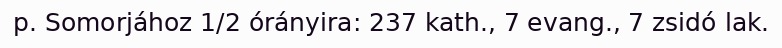
p. Somorjához 1/2 órányira: 237 kath., 7 evang., 7 zsidó lak.